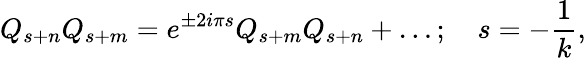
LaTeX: Q_{s+n}Q_{s+m}=e^{\pm 2i{\pi}s}Q_{s+m}Q_{s+n}+\ldots;\quad s={-{\frac{1}{k}}},